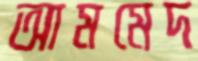
আমমেদ